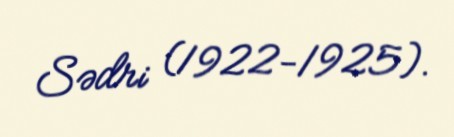
Sədri (1922-1925).